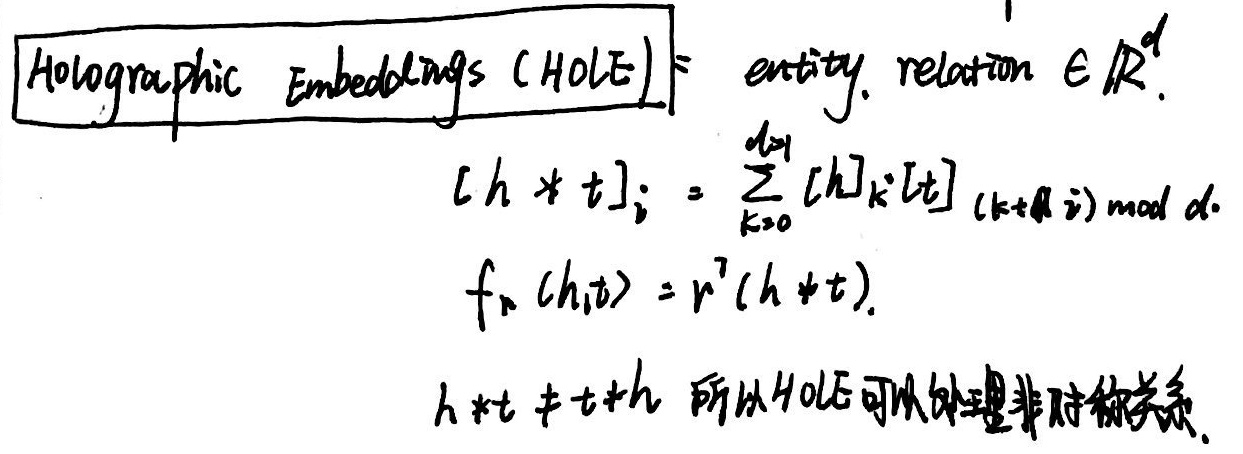
Holographic Embeddings (HOLE)：entity, relation $\in \mathbb{R}^d$。
\[
[h * t]_i = \sum_{k = 0}^{d - 1} [h]_k [t]_{(k + i) \bmod d}
\]
\[
f_r(h, t) = r^T (h * t)
\]
因为 \(h * t \neq t * h\)，所以HOLE可以处理非对称关系。